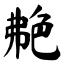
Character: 艴